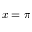
x = \pi